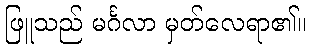
ဖြူသည် မင်္ဂလာ မှတ်လေရာ၏။